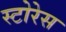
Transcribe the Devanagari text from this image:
स्टोरेस